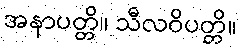
အနာပတ္တိ။ သီလဝိပတ္တိ။